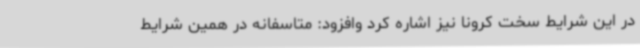
در این شرایط سخت کرونا نیز اشاره کرد وافزود: متاسفانه در همین شرایط